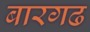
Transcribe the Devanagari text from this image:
बारगढ